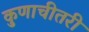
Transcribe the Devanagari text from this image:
कुणाचीतरी